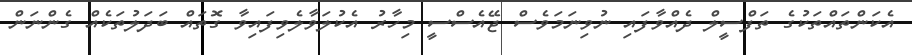
އެކަންތައްތަކުގެ ތަފްސީލް ދެއްވާފައި ނުވިނަމަވެސް ޖޭއެސްސީ މިހާރު އެކުލަވާލެވިފައިވާ ގޮތައް ބަދަލުތަކެއް ގެންނަން